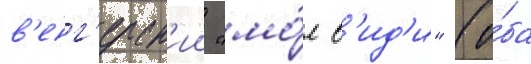
в'енг'ерск'ии "мо́л в'ид'и" (о́ба